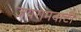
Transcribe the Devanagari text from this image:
जयरामवाटी